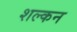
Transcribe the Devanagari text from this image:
शल्‍कन